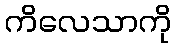
ကိလေသာကို